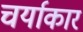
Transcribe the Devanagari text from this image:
चर्याकार